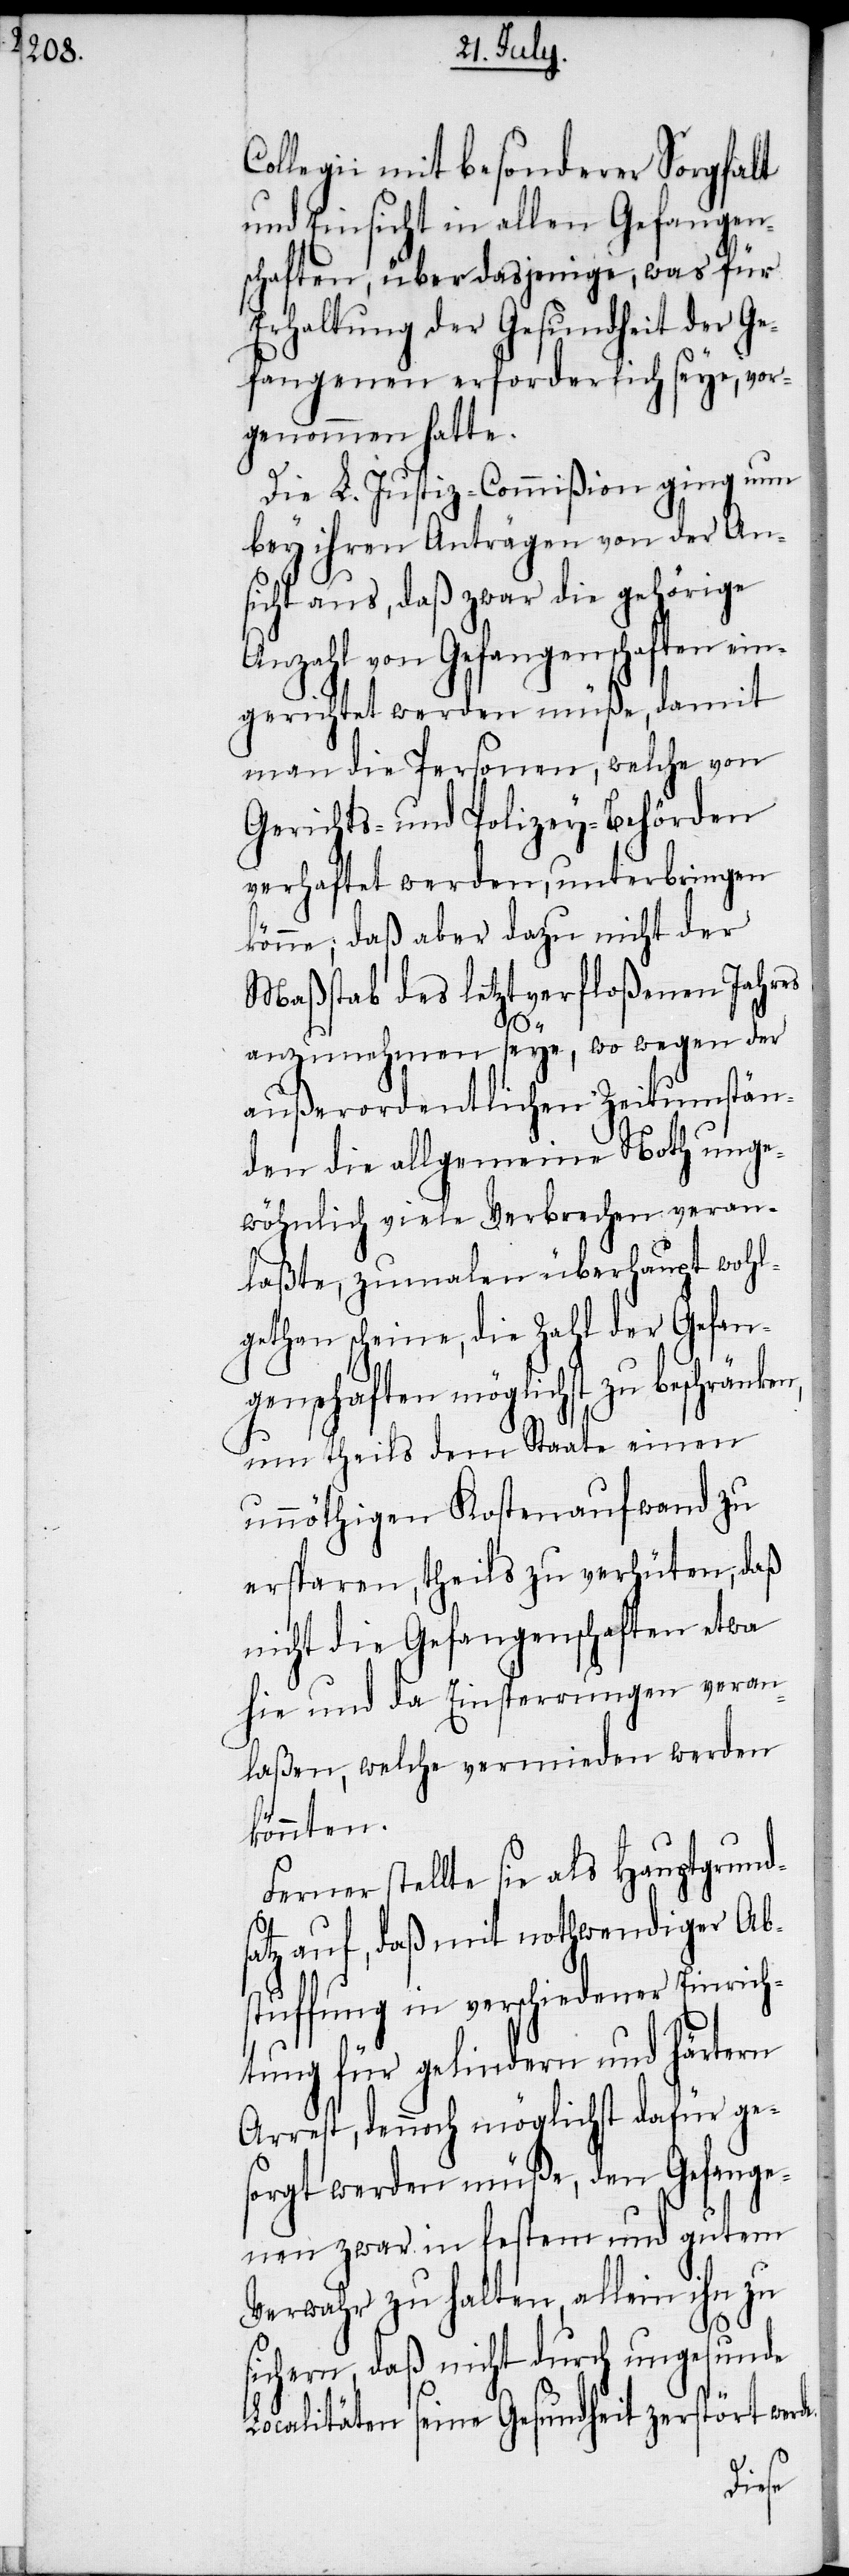
Collegii mit besonderer Sorgfalt
und Einsicht in allen Gefangen¬
schaften, über dasjenige, was für
Erhaltung der Gesundheit der Ge¬
fangenen erforderlich seye, vor¬
genommen hatte.
Die L. Justiz-Commißion ging nun
bey ihren Anträgen von der An¬
sicht aus, daß zwar die gehörige
Anzahl von Gefangenschaften ein¬
gerichtet werden müße, damit
man die Personen, welche von
Gerichts- und Polizey-Behörden
verhaftet werden, unterbringen
könne; daß aber dazu nicht der
Maßstab des letztverfloßenen Jahres
e.
anzunehmen seye, wo wegen der
außerordentlichen Zeitumstän¬
den die allgemeine Noth unge¬
wöhnlich viele Verbrechen veran¬
laßte, zumalen überhaupt wohl¬
gethan scheine, die Zahl der Gefan¬
genschaften möglichst zu beschränken,
um theils dem Staate einen
unnöthigen Kostenaufwand zu
ersparen, theils zu verhüten, daß
nicht die Gefangenschaften etwa
hie und da Einsperrungen veran¬
laßen, welche vermieden werden
könnten.
Ferner stellte sie als Hauptgrund¬
satz auf, daß mit nothwendiger Ab¬
stuffung in verschiedener Einrich¬
tung für gelindern und härtern
Arrest, dennoch möglichst dafür ges¬
orgt werden müße, den Gefange¬
nen zwar in festem und gutem
Verwahr zu halten, Allein ihn zu
sichern, daß nicht durch ungesunde
Localitäten seine Gesundheit zerstört werd¬